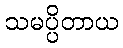
သမပ္ပိတာယ